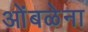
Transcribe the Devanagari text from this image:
ओंबळेना